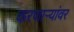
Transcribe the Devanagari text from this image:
करणाऱ्यांवर